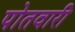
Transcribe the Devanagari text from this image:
पोतवारी